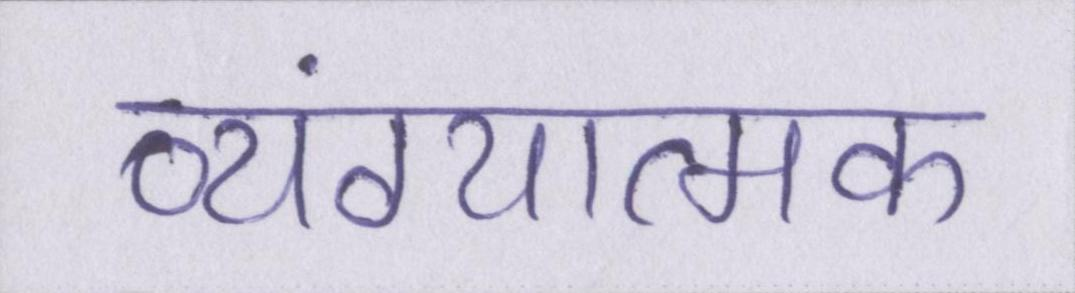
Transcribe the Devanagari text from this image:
व्यंग्यात्मक